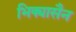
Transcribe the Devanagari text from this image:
भिक्यासैन